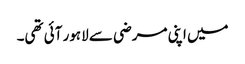
میں اپنی مرضی سے لاہور آئی تھی۔